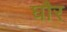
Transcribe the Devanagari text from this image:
घौर